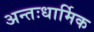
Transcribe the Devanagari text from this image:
अन्तःधार्मिक